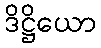
ဒိဋ္ဌိယော